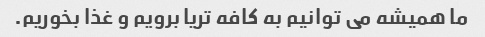
ما همیشه می توانیم به کافه تریا برویم و غذا بخوریم.